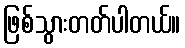
ဖြစ်သွားတတ်ပါတယ်။